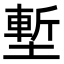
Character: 塹